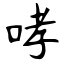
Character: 哮